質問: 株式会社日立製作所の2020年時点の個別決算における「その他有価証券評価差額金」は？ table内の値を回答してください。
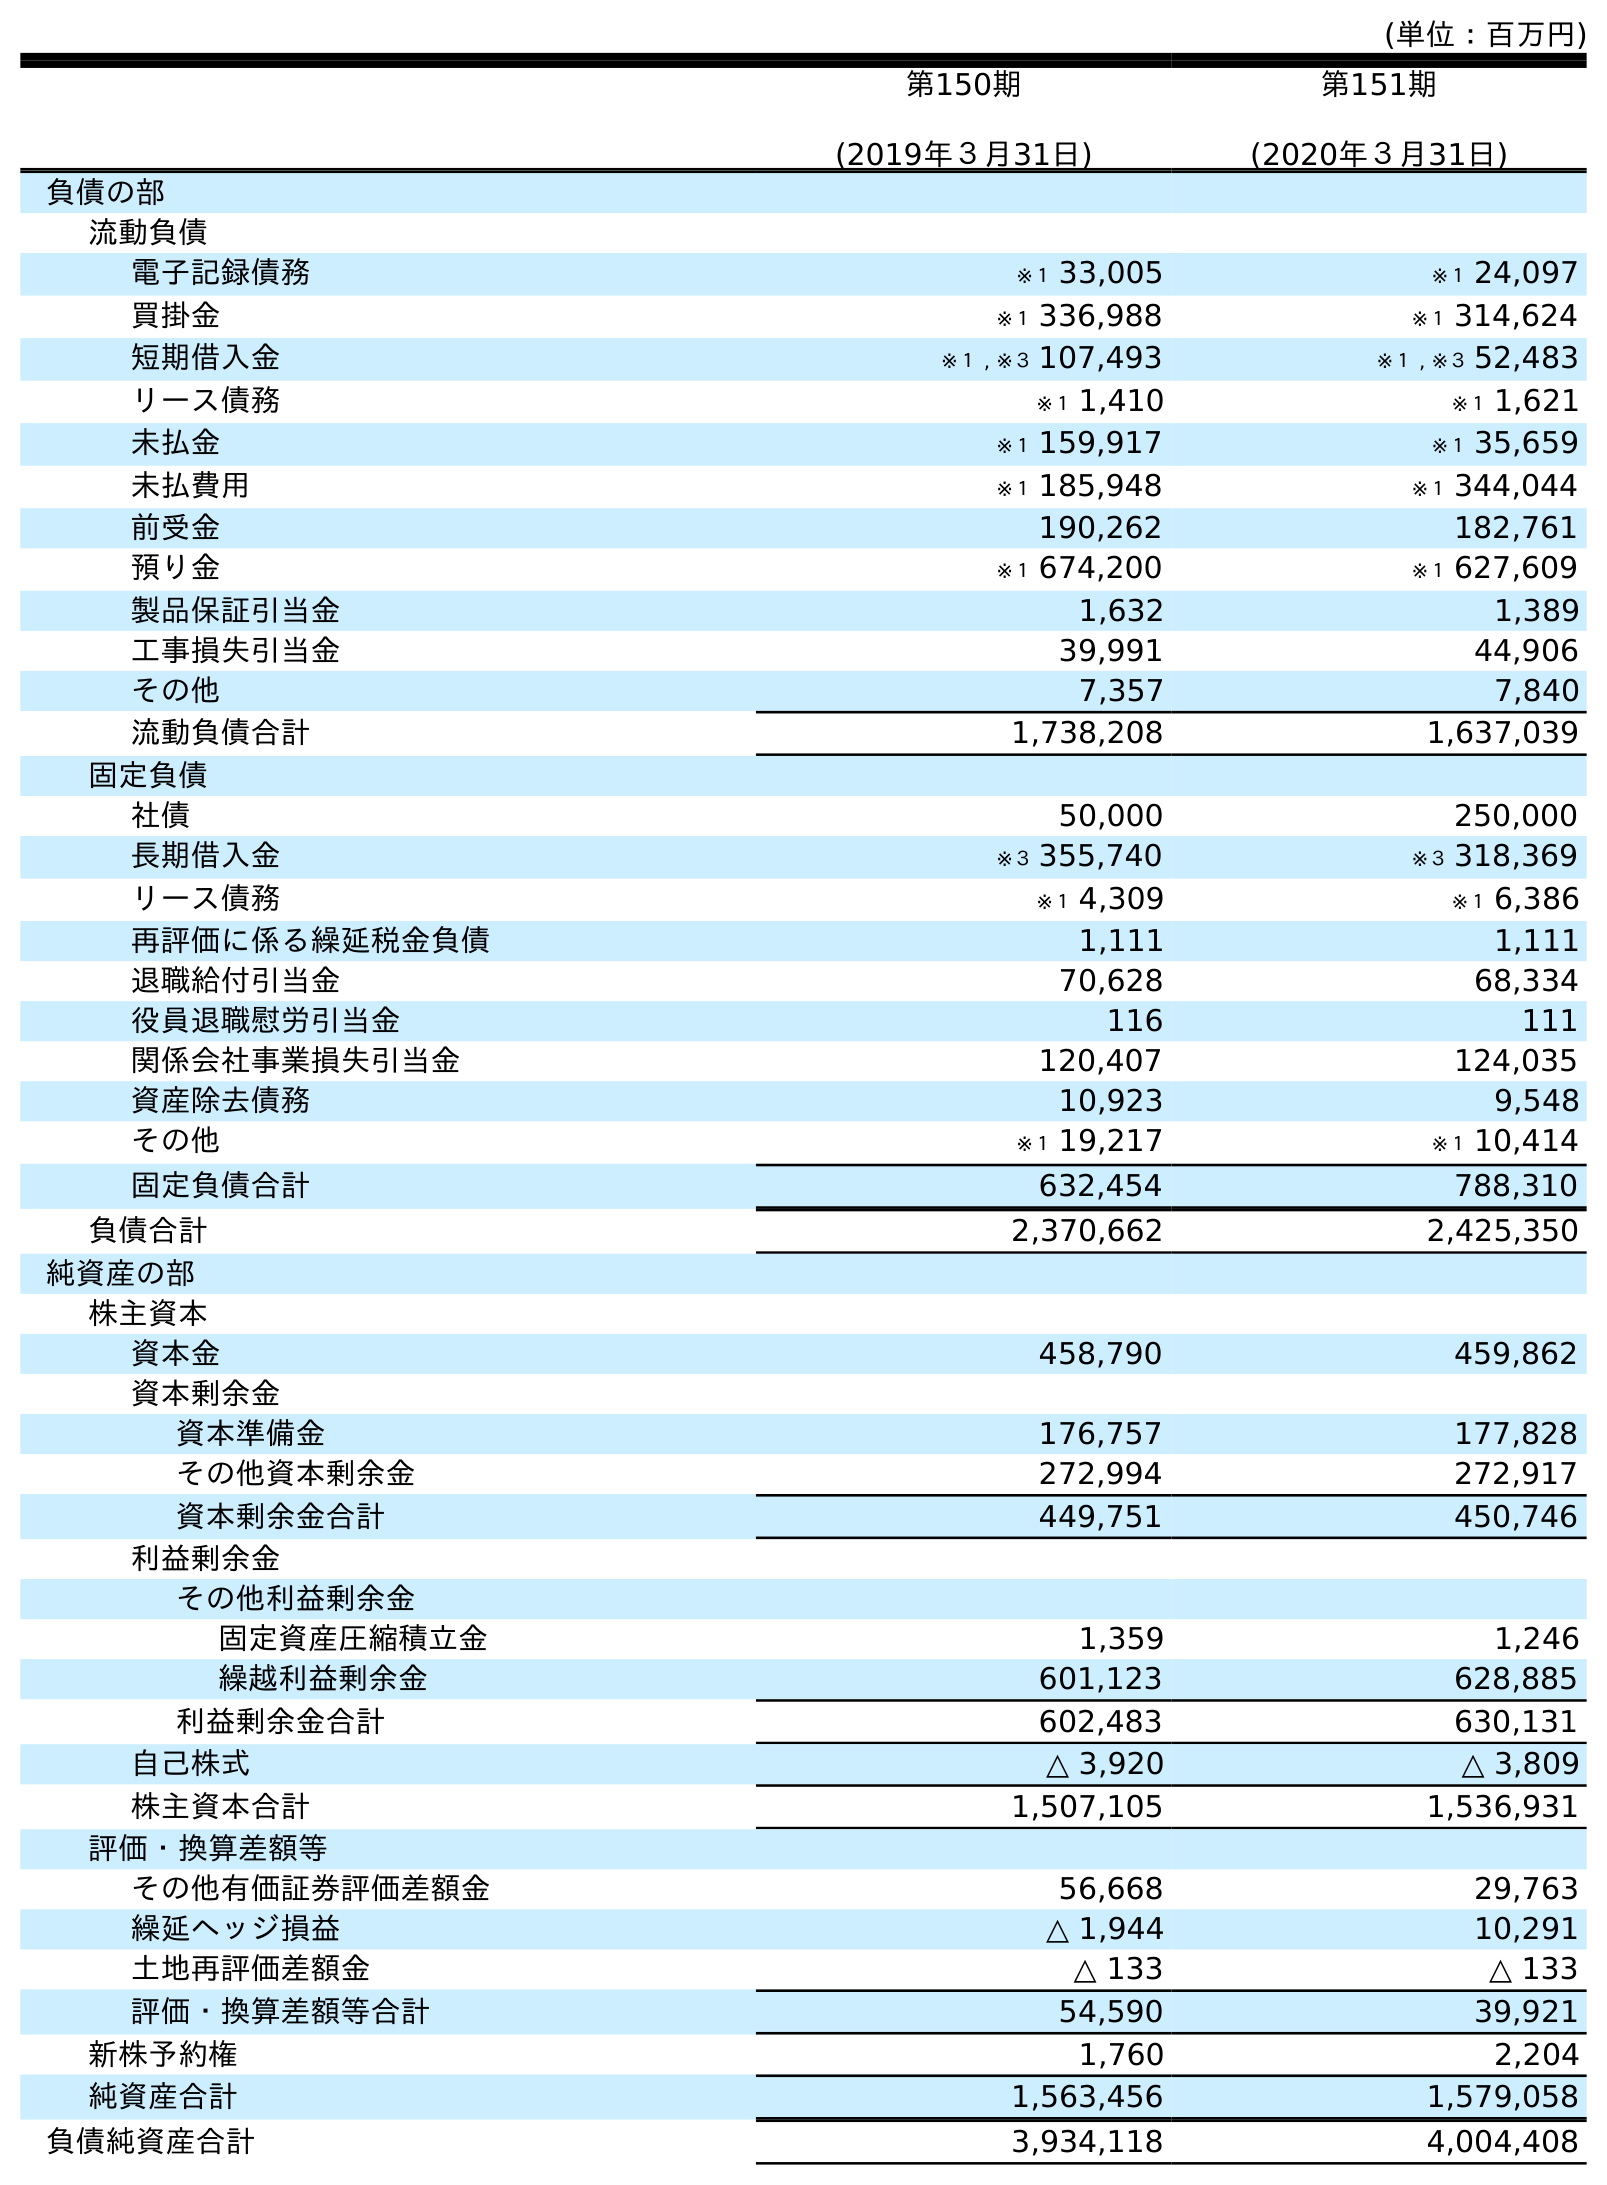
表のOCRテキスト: (単位：百万円) 第150期 (2019年３月31日) 第151期 (2020年３月31日) 負債の部 流動負債 電子記録債務 ※１ 33,005 ※１ 24,097 買掛金 ※１ 336,988 ※１ 314,624 短期借入金 ※１ , ※３ 107,493 ※１ , ※３ 52,483 リース債務 ※１ 1,410 ※１ 1,621 未払金 ※１ 159,917 ※１ 35,659 未払費用 ※１ 185,948 ※１ 344,044 前受金 190,262 182,761 預り金 ※１ 674,200 ※１ 627,609 製品保証引当金 1,632 1,389 工事損失引当金 39,991 44,906 その他 7,357 7,840 流動負債合計 1,738,208 1,637,039 固定負債 社債 50,000 250,000 長期借入金 ※３ 355,740 ※３ 318,369 リース債務 ※１ 4,309 ※１ 6,386 再評価に係る繰延税金負債 1,111 1,111 退職給付引当金 70,628 68,334 役員退職慰労引当金 116 111 関係会社事業損失引当金 120,407 124,035 資産除去債務 10,923 9,548 その他 ※１ 19,217 ※１ 10,414 固定負債合計 632,454 788,310 負債合計 2,370,662 2,425,350 純資産の部 株主資本 資本金 458,790 459,862 資本剰余金 資本準備金 176,757 177,828 その他資本剰余金 272,994 272,917 資本剰余金合計 449,751 450,746 利益剰余金 その他利益剰余金 固定資産圧縮積立金 1,359 1,246 繰越利益剰余金 601,123 628,885 利益剰余金合計 602,483 630,131 自己株式 △ 3,920 △ 3,809 株主資本合計 1,507,105 1,536,931 評価・換算差額等 その他有価証券評価差額金 56,668 29,763 繰延ヘッジ損益 △ 1,944 10,291 土地再評価差額金 △ 133 △ 133 評価・換算差額等合計 54,590 39,921 新株予約権 1,760 2,204 純資産合計 1,563,456 1,579,058 負債純資産合計 3,934,118 4,004,408
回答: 29,763